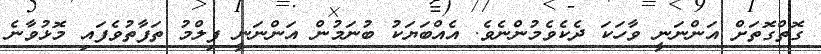
ގޮތްގޮތަށް އަންނަނީ ވާހަކަ ދެކެވެމުންނެވެ. އެއްބަޔަކު ބުނަމުން އަންނަނީ ފިލްމު ތަފާތުވެފައި މޮޅުވާނެ